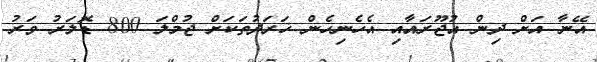
އޭނާ އަށް ދިން އުޖޫރައާއި އެހެނިހެން ޚަރަދުތަކަށް ޖުމްލަ 800 ޑޮލަރު ވަރު